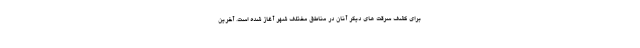
برای کشف سرقت های دیگر آنان در مناطق مختلف شهر آغاز شده است. آخرین